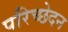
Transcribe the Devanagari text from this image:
परिच्छेदन